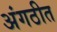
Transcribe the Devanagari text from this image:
अंगठीत